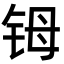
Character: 𬭁